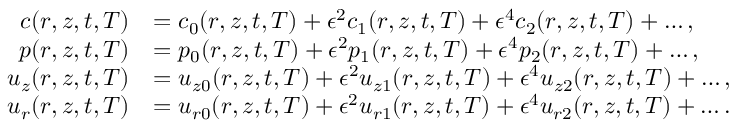
\begin{array} { r l } { c ( r , z , t , T ) } & { = c _ { 0 } ( r , z , t , T ) + \epsilon ^ { 2 } c _ { 1 } ( r , z , t , T ) + \epsilon ^ { 4 } c _ { 2 } ( r , z , t , T ) + \hdots , } \\ { p ( r , z , t , T ) } & { = p _ { 0 } ( r , z , t , T ) + \epsilon ^ { 2 } p _ { 1 } ( r , z , t , T ) + \epsilon ^ { 4 } p _ { 2 } ( r , z , t , T ) + \hdots , } \\ { u _ { z } ( r , z , t , T ) } & { = u _ { z 0 } ( r , z , t , T ) + \epsilon ^ { 2 } u _ { z 1 } ( r , z , t , T ) + \epsilon ^ { 4 } u _ { z 2 } ( r , z , t , T ) + \hdots , } \\ { u _ { r } ( r , z , t , T ) } & { = u _ { r 0 } ( r , z , t , T ) + \epsilon ^ { 2 } u _ { r 1 } ( r , z , t , T ) + \epsilon ^ { 4 } u _ { r 2 } ( r , z , t , T ) + \hdots . } \end{array}